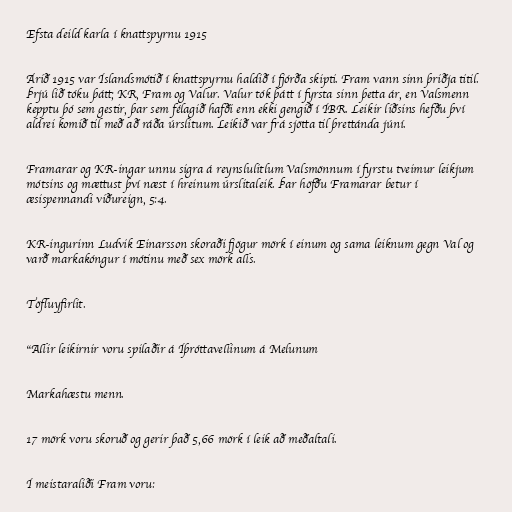
Efsta deild karla í knattspyrnu 1915

Árið 1915 var Íslandsmótið í knattspyrnu haldið í fjórða skipti. Fram vann sinn þriðja titil.
Þrjú lið tóku þátt; KR, Fram og Valur. Valur tók þátt í fyrsta sinn þetta ár, en Valsmenn
kepptu þó sem gestir, þar sem félagið hafði enn ekki gengið í ÍBR. Leikir liðsins hefðu því
aldrei komið til með að ráða úrslitum. Leikið var frá sjötta til þrettánda júní.

Framarar og KR-ingar unnu sigra á reynslulitlum Valsmönnum í fyrstu tveimur leikjum
mótsins og mættust því næst í hreinum úrslitaleik. Þar höfðu Framarar betur í
æsispennandi viðureign, 5:4.

KR-ingurinn Ludvik Einarsson skoraði fjögur mörk í einum og sama leiknum gegn Val og
varð markakóngur í mótinu með sex mörk alls.

Töfluyfirlit.

"Allir leikirnir voru spilaðir á Íþróttavellinum á Melunum

Markahæstu menn.

17 mörk voru skoruð og gerir það 5,66 mörk í leik að meðaltali.

Í meistaraliði Fram voru: